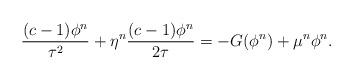
LaTeX: \begin{align*}\frac{(c-1)\phi^n}{\tau^2}+\eta^n\frac{(c-1)\phi^n}{2\tau}=-G(\phi^n)+\mu^n\phi^n.\end{align*}